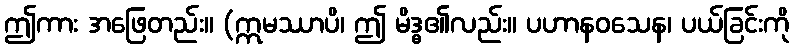
ဤကား အဖြေတည်း။ (ဣမဿာပိ၊ ဤ မိဒ္ဓ၏လည်း။ ပဟာနဝသေန၊ ပယ်ခြင်းကို